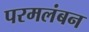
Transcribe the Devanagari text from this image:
परमलंबन